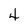
Character: 4